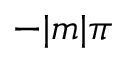
- | m | \pi